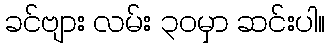
ခင်ဗျား လမ်း ၃၀မှာ ဆင်းပါ။